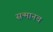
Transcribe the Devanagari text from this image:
सन्मानच